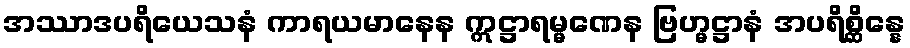
အဿာဒပရိယေသနံ ကာရယမာနေန ဣဋ္ဌာရမ္မဏေန ဗြဟ္မဋ္ဌာနံ အပရိစ္ဆိန္နေ